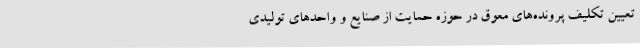
تعیین‌ تکلیف پرونده‌های معوق در حوزه حمایت از صنایع و واحدهای تولیدی